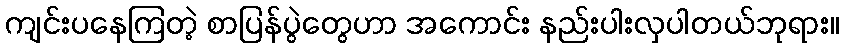
ကျင်းပနေကြတဲ့ စာပြန်ပွဲတွေဟာ အကောင်း နည်းပါးလှပါတယ်ဘုရား။